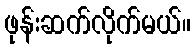
ဖုန်းဆက်လိုက်မယ်။